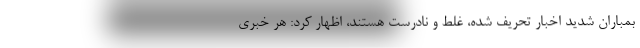
بمباران شدید اخبار تحریف شده، غلط و نادرست هستند، اظهار کرد: هر خبری